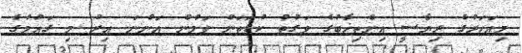
މިއަހަރުގެ ރިޔާސީ އިންތިޚާބުގެ ވަގުތު ކުޑަތަން ވަމުން އަންނަ އިރު މި ގައުމުގެ